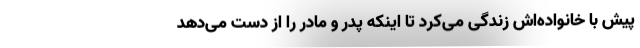
پیش با خانواده‌اش زندگی می‌کرد تا اینکه پدر و مادر را از دست می‌دهد